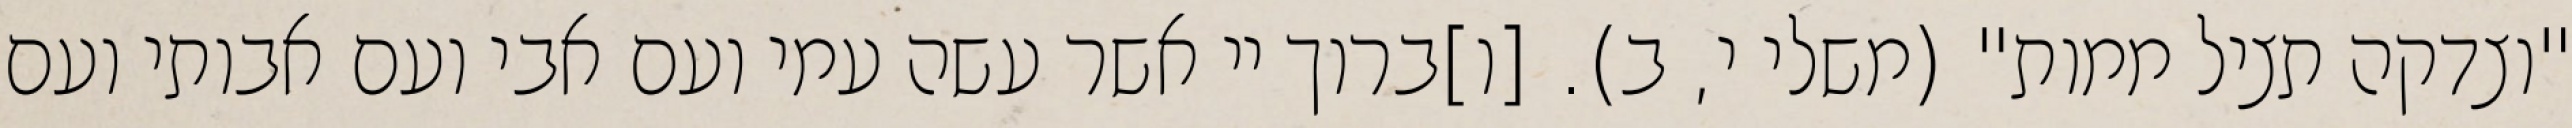
"וצדקה תציל ממות" (משלי י, ב). [ו]ברוך יי אשר עשה עמי ועם אבי ועם אבותי ועם